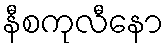
နီစကုလီနော